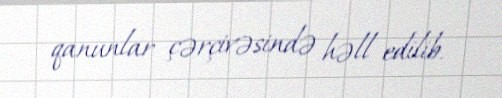
qanunlar çərçivəsində həll edilib.